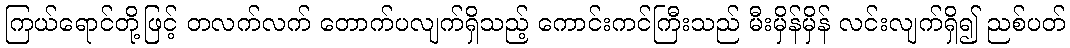
ကြယ်ရောင်တို့ဖြင့် တလက်လက် တောက်ပလျက်ရှိသည့် ကောင်းကင်ကြီးသည် မီးမှိန်မှိန် လင်းလျက်ရှိ၍ ညစ်ပတ်